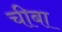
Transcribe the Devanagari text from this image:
चीबा